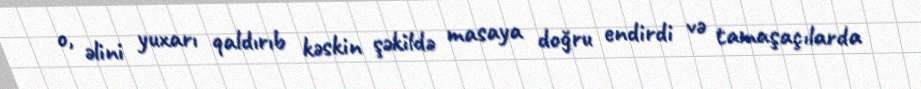
o, əlini yuxarı qaldırıb kəskin şəkildə masaya doğru endirdi və tamaşaçılarda